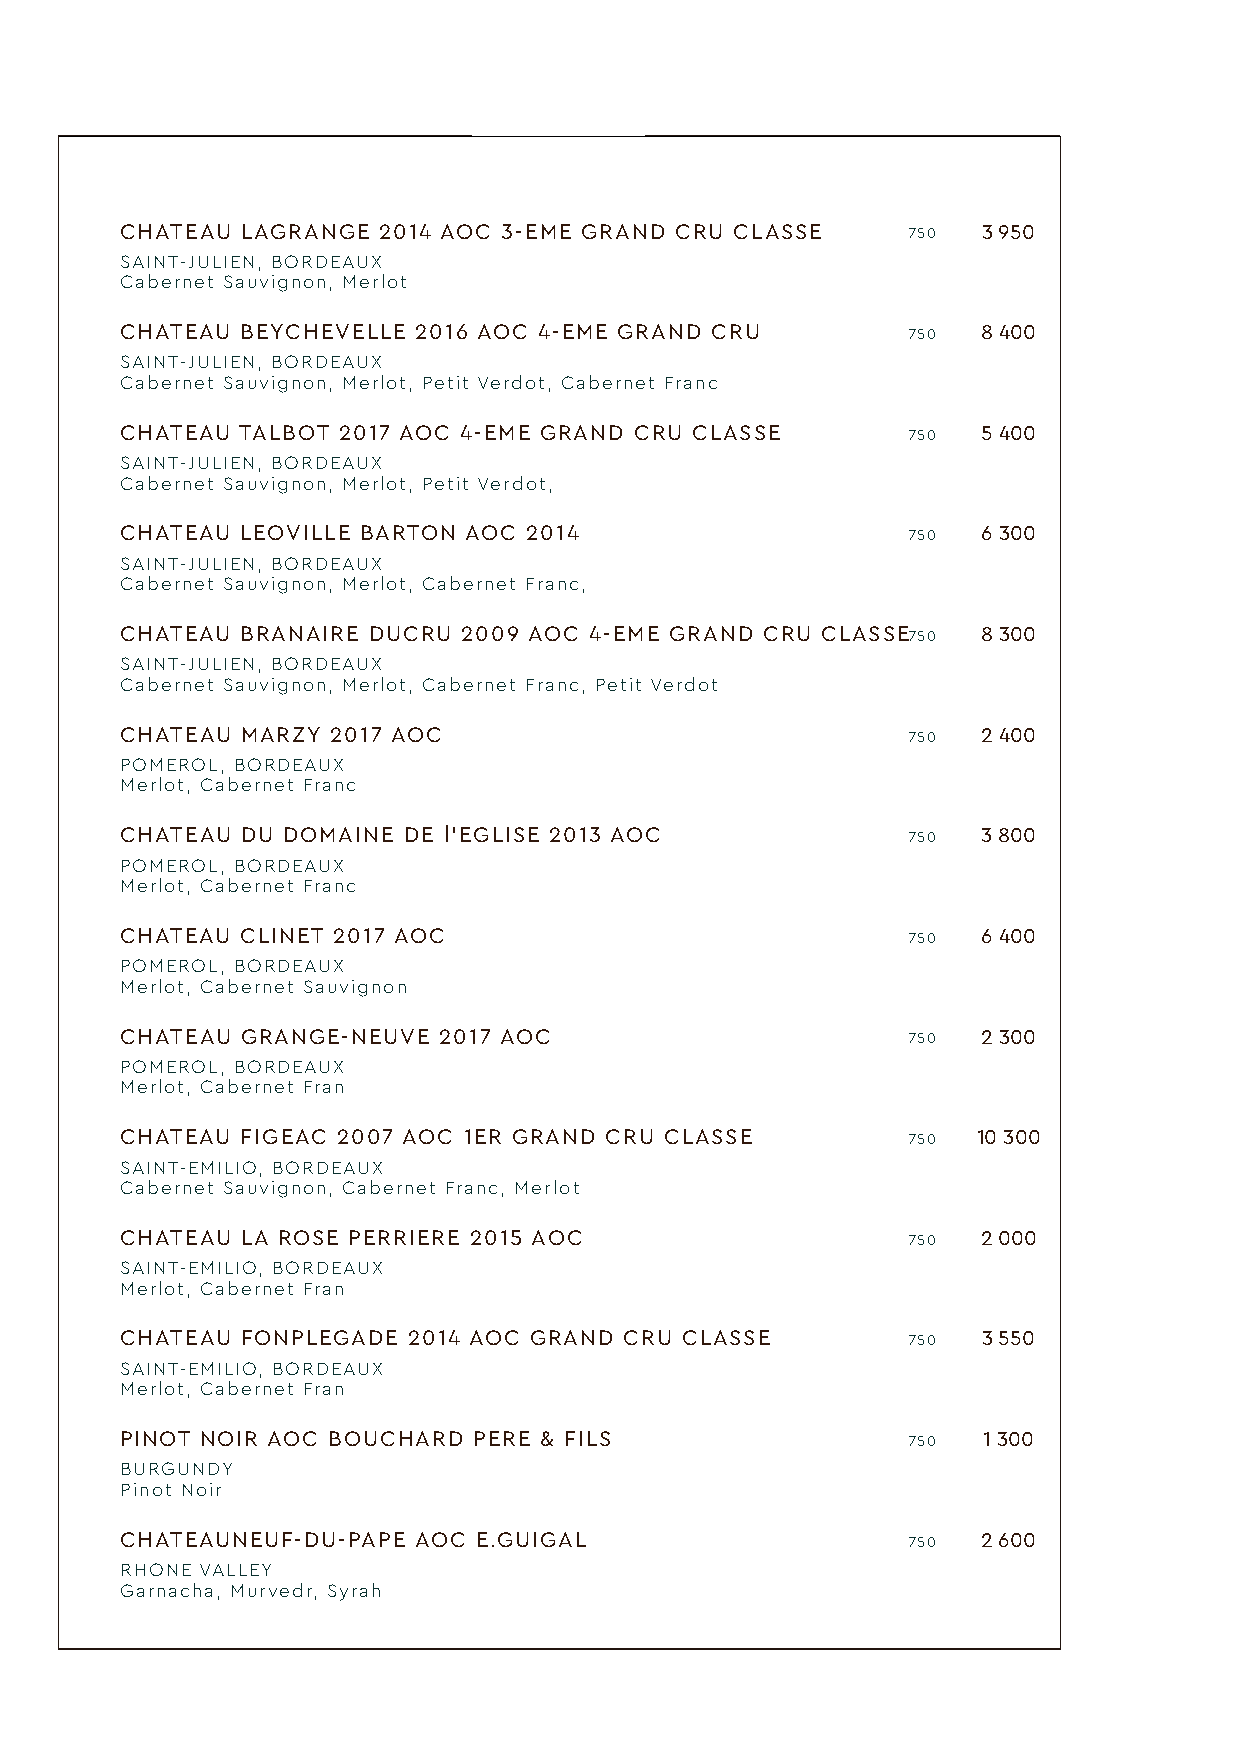
CHATEAU LAGRANGE 2014 AOC 3-EME GRAND CRU CLASSE    750  3 950
 SAINT-JULIEN, BORDEAUX
 Cabernet Sauvignon, Merlot
 CHATEAU BEYCHEVELLE 2016 AOC 4-EME GRAND CRU        750  8 400
 SAINT-JULIEN, BORDEAUX
 Cabernet Sauvignon, Merlot, Petit Verdot, Cabernet Franc
 CHATEAU TALBOT 2017 AOC 4-EME GRAND CRU CLASSE      750  5 400
 SAINT-JULIEN, BORDEAUX
 Cabernet Sauvignon, Merlot, Petit Verdot,
 CHATEAU LEOVILLE BARTON AOC 2014                    750  6 300
 SAINT-JULIEN, BORDEAUX
 Cabernet Sauvignon, Merlot, Cabernet Franc,
 CHATEAU BRANAIRE DUCRU 2009 AOC 4-EME GRAND CRU CLASSE750 8 300
 SAINT-JULIEN, BORDEAUX
 Cabernet Sauvignon, Merlot, Cabernet Franc, Petit Verdot
 CHATEAU MARZY 2017 AOC                              750  2 400
 POMEROL, BORDEAUX
 Merlot, Cabernet Franc
 CHATEAU DU DOMAINE DE l'EGLISE 2013 AOC             750  3 800
 POMEROL, BORDEAUX
 Merlot, Cabernet Franc
 CHATEAU CLINET 2017 AOC                             750  6 400
 POMEROL, BORDEAUX
 Merlot, Cabernet Sauvignon
 CHATEAU GRANGE-NEUVE 2017 AOC                       750  2 300
 POMEROL, BORDEAUX
 Merlot, Cabernet Fran
 CHATEAU FIGEAC 2007 AOC 1ER GRAND CRU CLASSE        750  10 300
 SAINT-EMILIO, BORDEAUX
 Cabernet Sauvignon, Cabernet Franc, Merlot
 CHATEAU LA ROSE PERRIERE 2015 AOC                   750  2 000
 SAINT-EMILIO, BORDEAUX
 Merlot, Cabernet Fran
 CHATEAU FONPLEGADE 2014 AOC GRAND CRU CLASSE        750  3 550
 SAINT-EMILIO, BORDEAUX
 Merlot, Cabernet Fran
 PINOT NOIR AOC BOUCHARD PERE & FILS                 750  1 300
 BURGUNDY
 Pinot Noir
 CHATEAUNEUF-DU-PAPE AOC E.GUIGAL                    750  2 600
 RHONE VALLEY
 Garnacha, Murvedr, Syrah